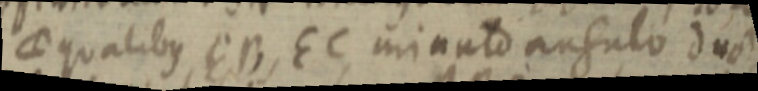
aequalibus EB, EC minuto angulo duo